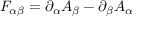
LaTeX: F _ { \alpha \beta } = \partial _ { \alpha } A _ { \beta } - \partial _ { \beta } A _ { \alpha }